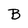
Character: B